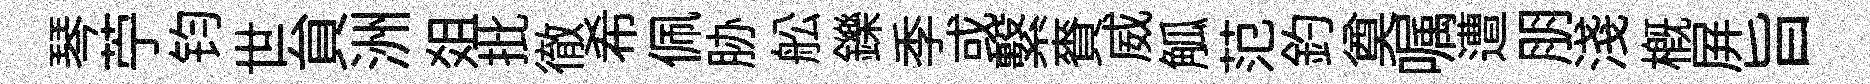
琴苧钧世貟洲爼批徹希佩胁舩鑠季或繫賚威觚范釣奠嘱遭朋淺槪屛旨